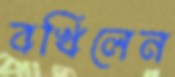
বখিলেন